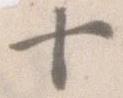
十